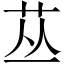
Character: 𱽘